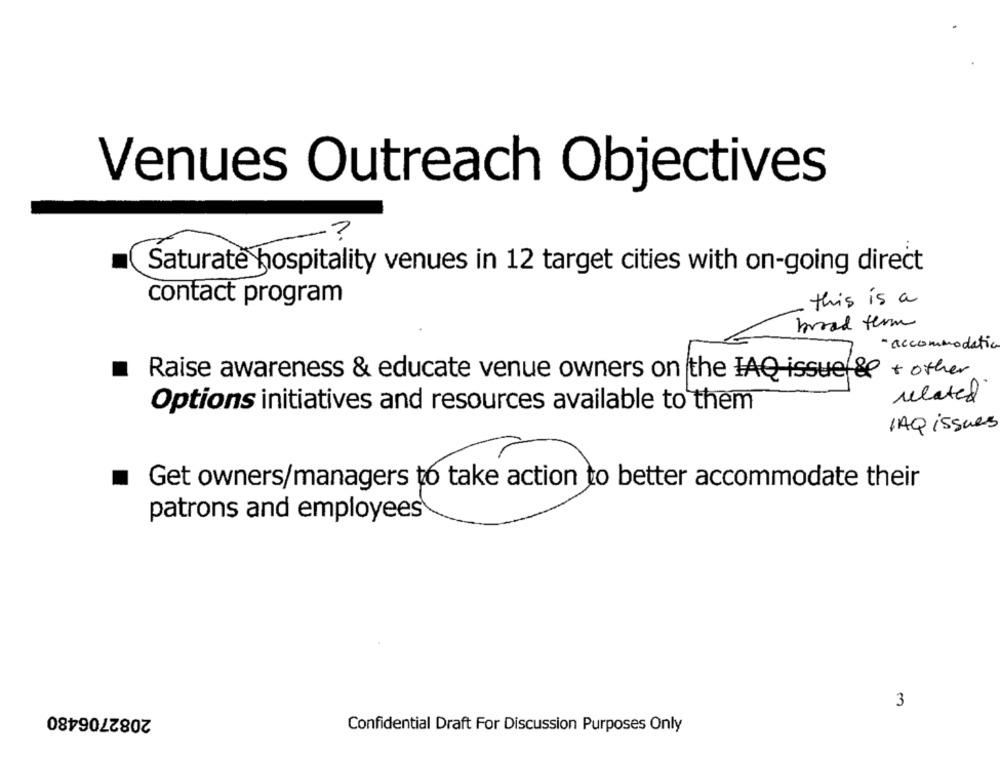
Venues Outreach Objectives
?
Saturate hospitality venues in 12 target cities with on-going direct
contact program
this is a
broad term
- accommodation
Raise awareness & educate venue owners on the IAQ issue & + other
related
Options initiatives and resources available to them
1AQ issues
Get owners/managers to take action to better accommodate their
patrons and employees
3
2082706480
Confidential Draft For Discussion Purposes Only